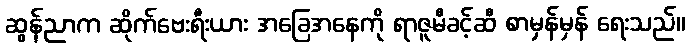
ဆွန်ညာက ဆိုက်ဗေးရီးယား အခြေအနေကို ရာဇူမီခင့်ဆီ စာမှန်မှန် ရေးသည်။